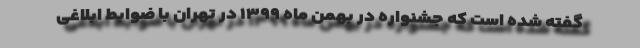
گفته شده است که جشنواره در بهمن ماه ۱۳۹۹ در تهران با ضوابط ابلاغی